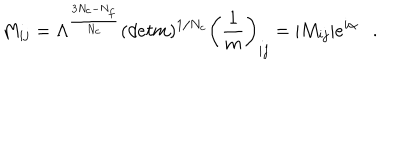
M _ { i j } = \Lambda ^ { { \frac { 3 N _ { c } - N _ { f } } { N _ { c } } } } ( d e t m ) ^ { 1 / N _ { c } } \left( { \frac { 1 } { m } } \right) _ { i j } = | M _ { i j } | e ^ { i \alpha } .